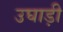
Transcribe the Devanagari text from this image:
उघाड़ी